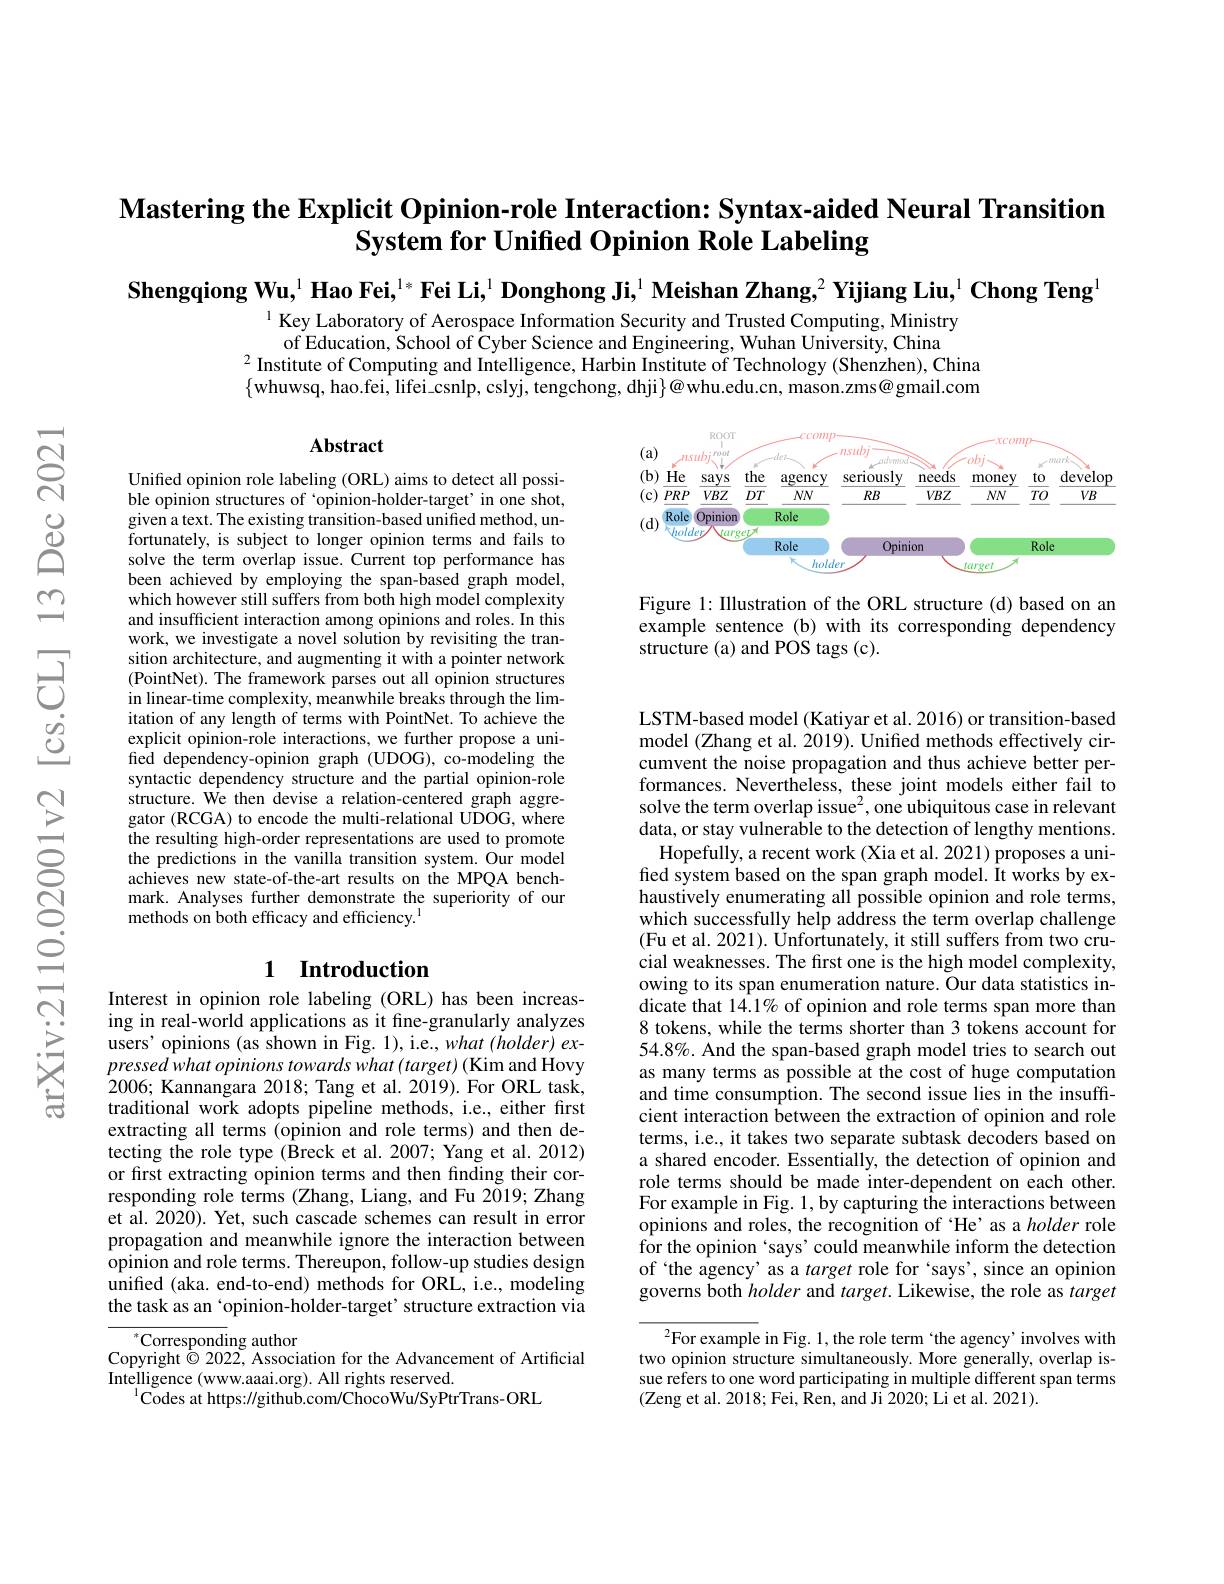
$\textbf{Mastering the Explicit Opinion- role Interaction: Syntax- aided Neural Transition}$
System for Unified Opinion Role Labeling

Shengqiong Wu,$^1\textbf{Hao Fei,}^{1*}\textbf{Fei Li,}^{1}\textbf{Donghong Ji,}^{1}\textbf{Meishan Zhang,}^{2}\textbf{Yijiang Liu,}^{1}\textbf{Chong Teng}^{1}$

$^{1}$ Key Laboratory of Aerospace Information Security and Trusted Computing, Ministry
of Education, School of Cyber Science and Engineering, Wuhan University, China
$^{2}$Institute of Computing and Intelligence, Harbin Institute of Technology (Shenzhen), China $\{$whuwsq, hao.fei, lifei\_csnlp, cslyj, tengchong, dhji$\}@$whu.edu.cn, mason.zms@gmail.com

## Abstract

<FigureHere>

Figure 1: Illustration of the ORL structure (d) based on an example sentence (b) with its corresponding dependency structure (a) and POS tags (c).

Unified opinion role labeling (ORL) aims to detect all possible opinion structures of 'opinion-holder-target'in one shot, given a text. The existing transition-based unified method, unfortunately, is subject to longer opinion terms and fails to solve the term overlap issue. Current top performance has been achieved by employing the span-based graph model, which however still suffers from both high model complexity and insufficient interaction among opinions and roles. In this work, we investigate a novel solution by revisiting the transition architecture, and augmenting it with a pointer network (PointNet). The framework parses out all opinion structures in linear-time complexity, meanwhile breaks through the limitation of any length of terms with PointNet. To achieve the explicit opinion-role interactions, we further propose a unified dependency-opinion graph (UDOG), co-modeling the syntactic dependency structure and the partial opinion-role structure. We then devise a relation-centered graph aggregator (RCGA) to encode the multi-relational UDOG, where the resulting high-order representations are used to promote the predictions in the vanilla transition system. Our model achieves new state-of-the-art results on the MPQA benchmark. Analyses further demonstrate the superiority of our methods on both efficacy and efficiency.

## 1 Introduction

LSTM-based model (Katiyar et al. 2016) or transition-based model (Zhang et al. 2019). Uniffed methods effectively circumvent the noise propagation and thus achieve better performances. Nevertheless, these joint models either fail to solve the term overlap issue$^2$, one ubiquitous case in relevant data, or stay vulnerable to the detection of lengthy mentions. Hopefully, a recent work (Xia et al. 2021) proposes a uni-
fied system based on the span graph model. Ît works by exhaustively enumerating all possible opinion and role terms, which successfully help address the term overlap challenge (Fu et al. 2021). Unfortunately, it still suffers from two crucial weaknesses. The first one is the high model complexity, owing to its span enumeration nature. Our data statistics indicate that 14.1% of opinion and role terms span more than 8 tokens, while the terms shorter than 3 tokens account for 54.8%. And the span-based graph model tries to search out as many terms as possible at the cost of huge computation and time consumption. The second issue lies in the insuffcient interaction between the extraction of opinion and role terms, i.e., it takes two separate subtask decoders based on a shared encoder. Essentially, the detection of opinion and role terms should be made inter-dependent on each other. For example in Fig. 1, by capturing the interactions between opinions and roles, the recognition of ‘He’ as a holder role for the opinion ‘says’could meanwhile inform the detection of `the agency' as a target role for‘says’, since an opinion governs both holder and target. Likewise, the role as target
$^2$For example in Fig. 1, the role term `the agency’involves with

Interest in opinion role labeling (ORL) has been increasing in real-world applications as it fine-granularly analyzes users' opinions (as shown in Fig. 1), i.e., what (holder) ex- $pressedwhatopinionstowardswhat\left(target\right)($Kim and Hovy 2006; Kannangara 2018; Tang et al. 2019). For ORL task, traditional work adopts pipeline methods, i.e., either first extracting all terms (opinion and role terms) and then detecting the role type (Breck et al.2007; Yang et al. 2012) or first extracting opinion terms and then finding their corresponding role terms (Zhang, Liang, and Fu 2019; Zhang et al.2020). Yet, such cascade schemes can result in error propagation and meanwhile ignore the interaction between opinion and role terms. Thereupon, follow-up studies design $\hat{\text{unified (aka. end-to-end) methods for ORL, i.e., modeling}}$ the task as an‘opinion-holder-target’structure extraction via

two opinion structure simultaneously. More generally, overlap issue refers to one word participating in multiple different span terms (Zeng et al. 2018; Fei, Ren, and Ji 2020; Li et al. 2021).

$^*$Corresponding author
Copyright $\textcircled{2}$022, Association for the Advancement of Artificial
Intelligence (www.aaai.org). All rights reserved.
$^{1}$Codes at https://github.com/ChocoWu/SyPtrTrans-ORL